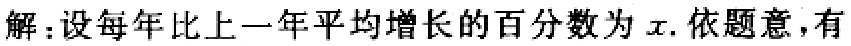
解：设每年比上一年平均增长的百分数为\(x\). 依题意，有